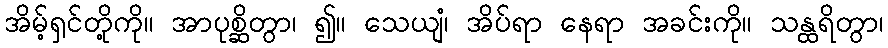
အိမ့်ရှင်တို့ကို။ အာပုစ္ဆိတွာ၊ ၍။ သေယျံ၊ အိပ်ရာ နေရာ အခင်းကို။ သန္ထရိတွာ၊